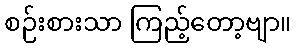
စဉ်းစားသာ ကြည့်တော့ဗျာ။